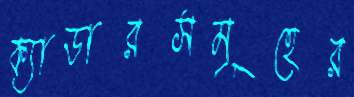
ক্যাডারসমূহের